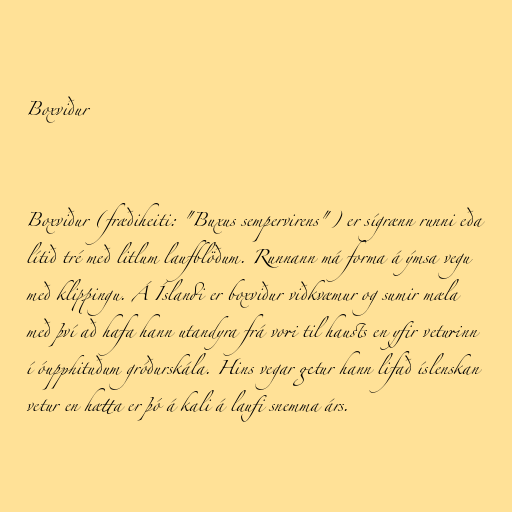
Boxviður

Boxviður (fræðiheiti: "Buxus sempervirens") er sígrænn runni eða
lítið tré með litlum laufblöðum. Runnann má forma á ýmsa vegu
með klippingu. Á Íslandi er boxviður viðkvæmur og sumir mæla
með því að hafa hann utandyra frá vori til hausts en yfir veturinn
í óupphituðum gróðurskála. Hins vegar getur hann lifað íslenskan
vetur en hætta er þó á kali á laufi snemma árs.